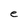
Character: e